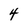
Character: 4